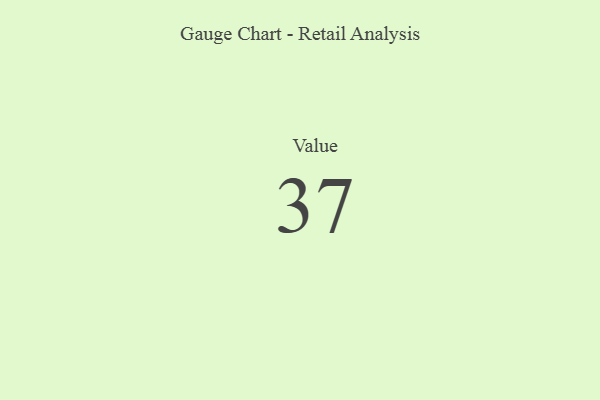
{"axis": {"x": "Metric", "y": "Value"}, "legend": [""], "data": [{"x": "Value", "y": 37, "type": ""}]}